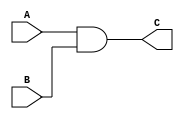
module ANDgate (A, B, C);

input A, B;
output C;

assign C = A & B;



endmodule